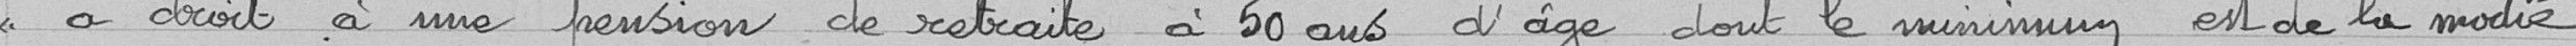
<<a droit à une pension de retraite à 50 ans d'age dont le minimum est de la moitié